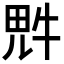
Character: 𪽑